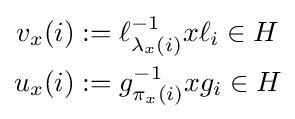
{\begin{aligned}v_{x}(i)&:=\ell _{\lambda _{x}(i)}^{-1}x\ell _{i}\in H\\u_{x}(i)&:=g_{\pi _{x}(i)}^{-1}xg_{i}\in H\end{aligned}}